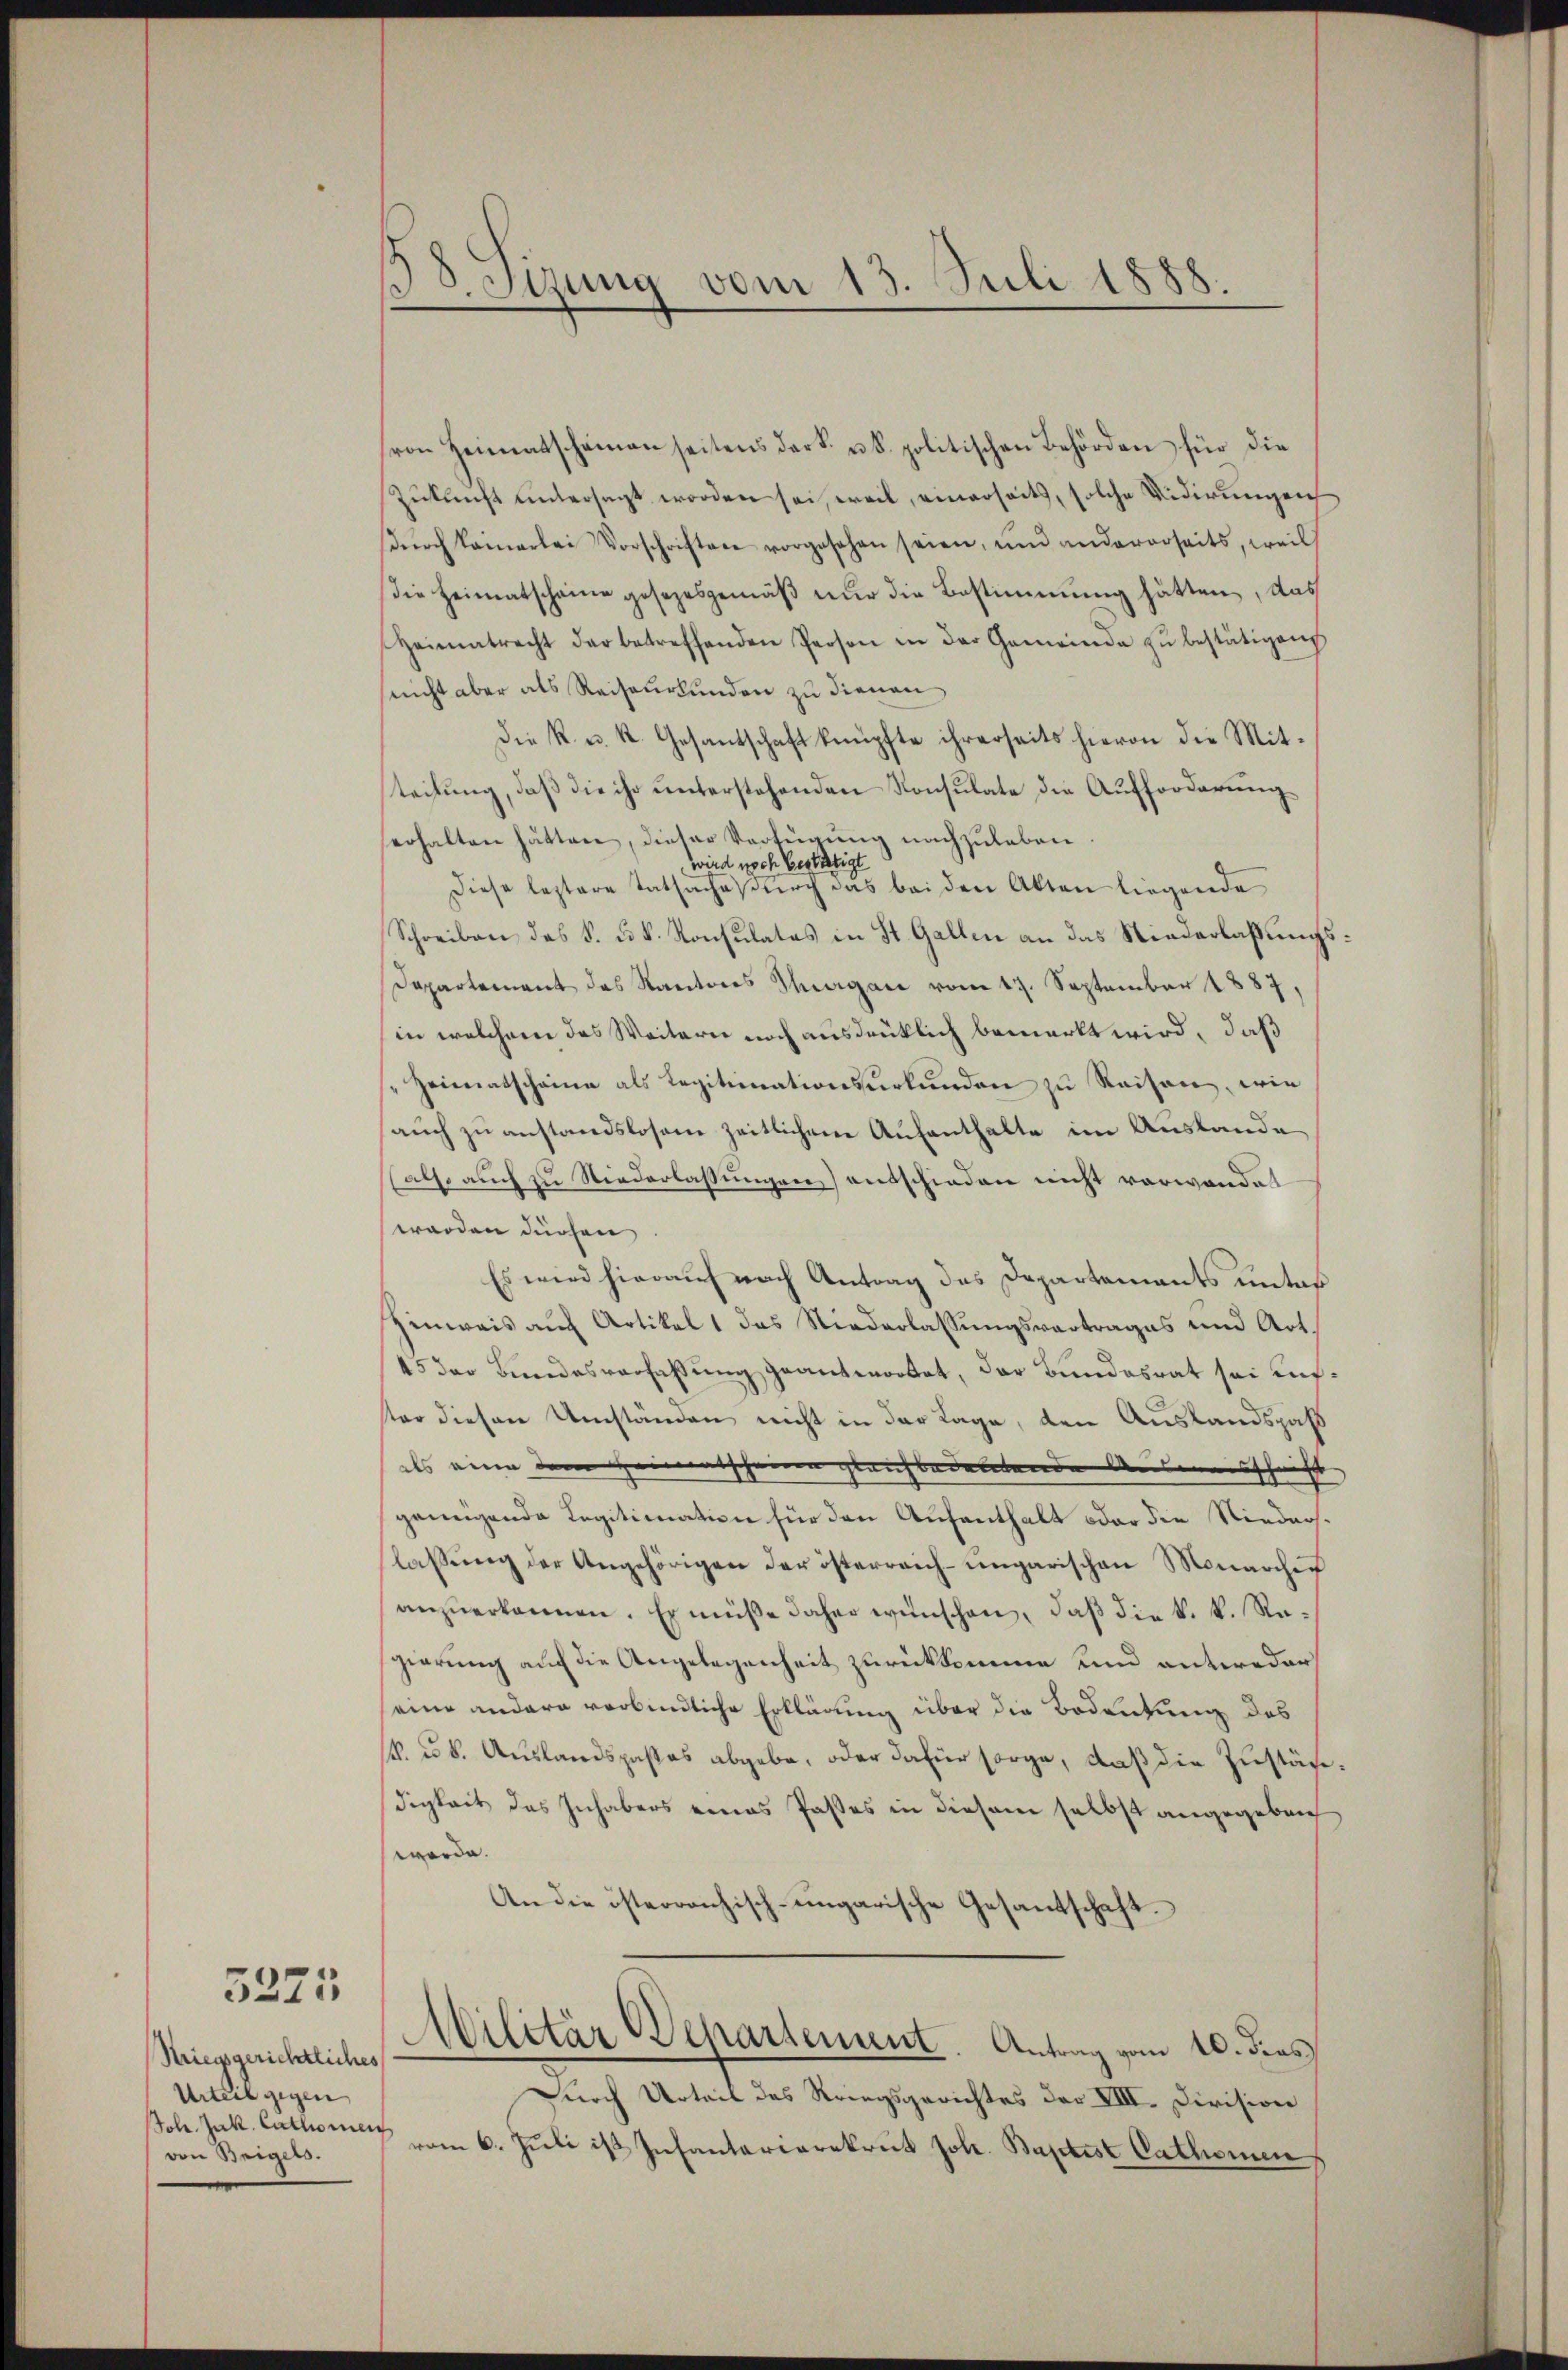
3223

Kriegsgerichtliches
Urteil gegen
Joh. Jak. Cathomei
von Beigels.

d. Tizung vom 13. Juli 1888.

von Heimatscheinau seitens dark. u. k. politischen Behörden für die
Zukunft untersagt worden sei, weil, einerseits, solche Vidirungen
dŭrch kamerlei Vorschriften vorgesehen seien, und andererseits, weil
die Heimatscheine gesezesgemäß nur die Bestimmung hätten, das
Heimatrecht der betreffenden Person in der Gemeinde zŭ bestätigen
nicht aber als Reiseurkunden zu dienen,
Die k. u. k. Gesantschaft knüpfte ihrerseits hievon die Mit-
teilung, daß die ihr unterstehenden Konsulate die Aufforderung
erhalten hätten, dieser Verfügung nachzuleben.
wird noch bestätigt
Diese leztere Tatsache durch das bei den Akten liegende
Schreiben des §. u. k. Konsulates in St. Gallen an das Niederlaßungs¬
Departement des Kantons Thurgau vom 17. September 1887,
in welchem das Weitern noch ausdrüklich bemerkt wird, daß
"Heimatschaine als Legitimationsurkunden zu Reisen, wie
auch zu anstandslosem zeitlichen Aufenthalte im Auslande
also auch zu Niederlassungen) entschieden nicht vorwandet
werden dürfen,
Es wird hierauf nach Antrag des Departements unter
Hinweis auch Artikel 1 das Niederlassungsvortrages und Art.
45 der Bundesverfaßung geantwortet, der Bundesrat sei aufster diesen Umständen nicht in der Tage, den Auslandszahl
als eine dem Heimatscheine gleichbedeutende Ausweisschrift
genügende Legitimation für den Aufenthalt oder die Niederslassung der Angehörigen der österreich-ungarischen Monarcher
anzuerkennen. Er müße daher wünschen, daß die k. k. Regierung auf die Angelegenheit zurückkomme und antweder
eine andern verbindliche Erklärung über die Bodenkung des
sk. u. 8. Auslandspastas abgebe, oder dafür sorge, daß die Zuständigkeit des Inhabers eines Pastes in diesem selbst angegeben
werde.
An die österranzisch-ungarische Gesandschaft.
Militär Behartement. Antrag vom 10. dies
Durch Urteil des Kriegsgerichtes der VIII. Division
vom 6. Juli ist Insantarierekrut Joh. Baptist Cathomen